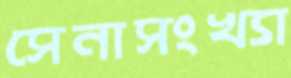
সেনাসংখ্যা